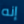
إنه